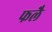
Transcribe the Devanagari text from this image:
फलै